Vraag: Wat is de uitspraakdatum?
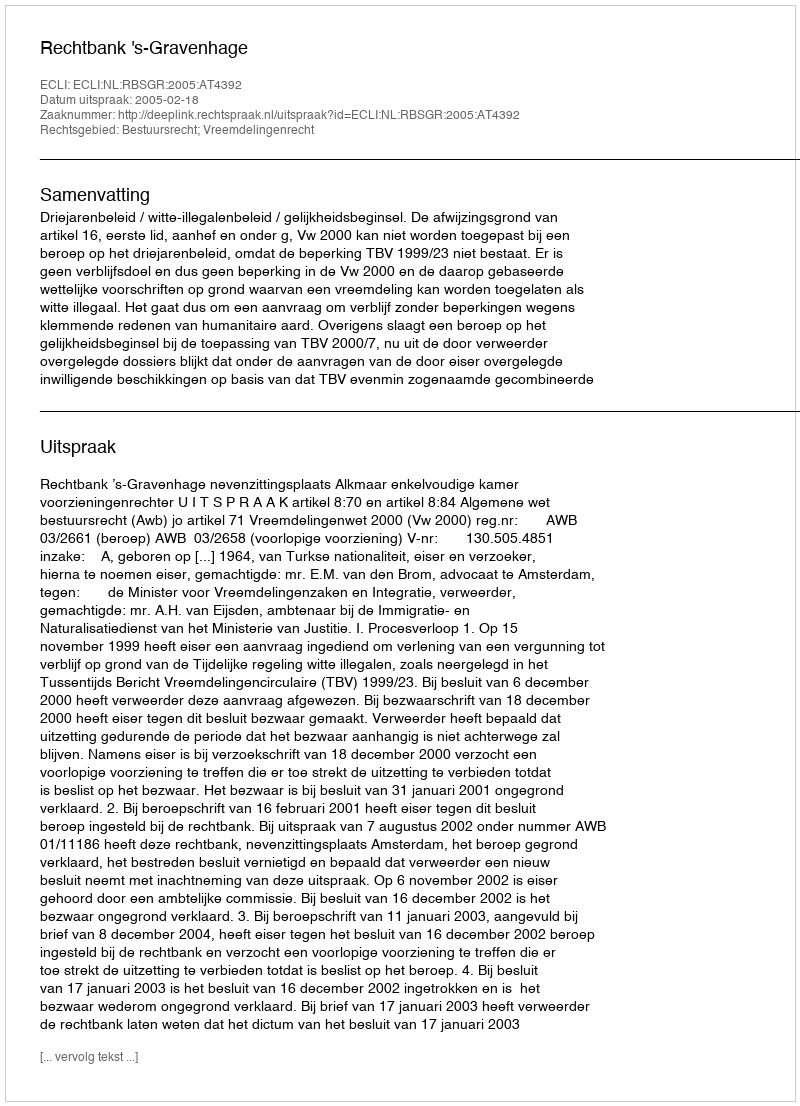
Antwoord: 2005-02-18